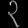
Digit: ၃